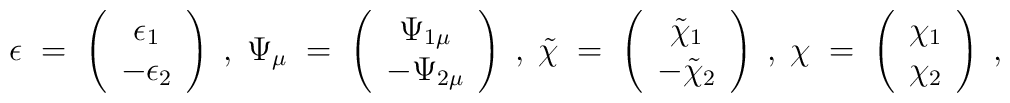
\epsilon \;=\; \left(\begin{array}{c}                      \epsilon_{1} \\ -\epsilon_{2}               \end{array}\right) \;,\;\Psi_{\mu} \;=\; \left(\begin{array}{c}                      \Psi_{1\mu} \\ -\Psi_{2\mu}               \end{array}\right) \;,\;\tilde{\chi} \;=\; \left(\begin{array}{c}                      \tilde{\chi}_{1} \\ -\tilde{\chi}_{2}               \end{array}\right) \;,\;\chi \;=\; \left(\begin{array}{c}                      \chi_{1} \\ \chi_{2}               \end{array}\right) \;,